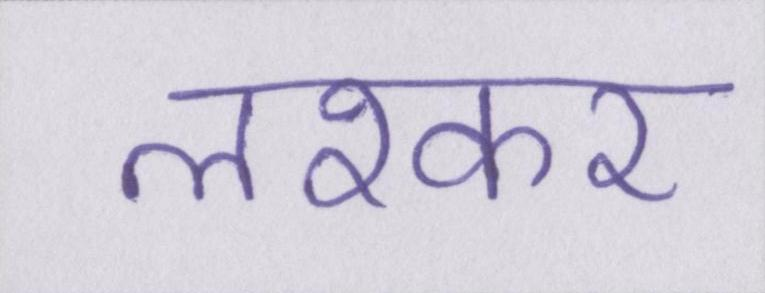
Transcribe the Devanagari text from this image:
लश्कर